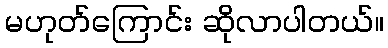
မဟုတ်ကြောင်း ဆိုလာပါတယ်။